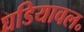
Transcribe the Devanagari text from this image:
घडियावल॰